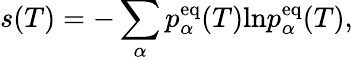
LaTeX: s(T)=-\sum_{\alpha}p_{\alpha}^{\mathrm{eq}}(T)\mathrm{ln}p_{\alpha}^{\mathrm{eq}}(T),